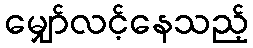
မျှော်လင့်နေသည့်